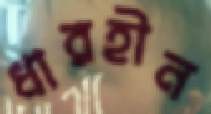
ধারহীন